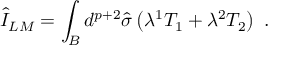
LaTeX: \hat { I } _ { L M } = \int _ { B } d ^ { p + 2 } \hat { \sigma } \left( \lambda ^ { 1 } T _ { 1 } + \lambda ^ { 2 } T _ { 2 } \right) \ .